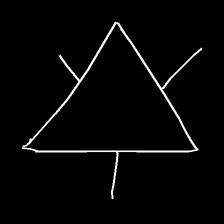
Glyph: fire